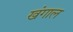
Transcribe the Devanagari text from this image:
खंगाल